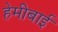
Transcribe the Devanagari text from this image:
हेमीबाई